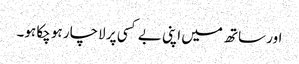
اور ساتھ میں اپنی بے کسی پر لاچار ہو چکا ہو۔